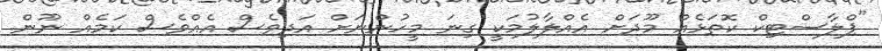
"ޕްލާސްޓިކް ކޮތަޅެއް މޫދަށް އެއްލާލުމަކީ ގިނަ މީހުންނަށް އަދިވެސް އެއްވެސް ކަމެއް ނޫން.